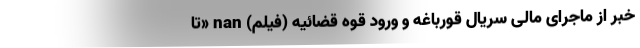
خبر از ماجرای مالی سریال قورباغه و ورود قوه قضائیه (فیلم) nan «تا